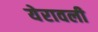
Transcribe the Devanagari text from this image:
येरावली